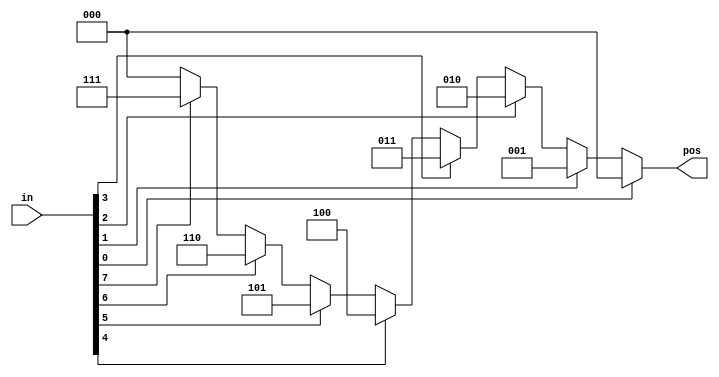
/* 
    https://hdlbits.01xz.net/wiki/Always_casez
*/

/* 
    the vale Z means dont't-care in the comparison

    always @(*) begin
        casez (in[3:0])
            4'bzzz1: out = 0;   // in[3:1] can be anything
            4'bzz1z: out = 1;
            4'bz1zz: out = 2;
            4'b1zzz: out = 3;
            default: out = 0;
        endcase
    end
*/

// synthesis verilog_input_version verilog_2001
module top_module (
    input [7:0] in,
    output reg [2:0] pos );

    always @(*) begin
        casez (in)
            8'bzzzzzzz1: pos = 0;   // in[7:1] can be anything
            8'bzzzzzz1z: pos = 1;
            8'bzzzzz1zz: pos = 2;
            8'bzzzz1zzz: pos = 3;
            8'bzzz1zzzz: pos = 4;
            8'bzz1zzzzz: pos = 5;
            8'bz1zzzzzz: pos = 6;
            8'b1zzzzzzz: pos = 7;
            default: pos = 0;
        endcase
    end

endmodule